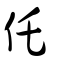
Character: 仛